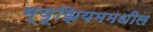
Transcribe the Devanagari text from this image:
म्यूझियममधील